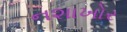
નશાખોર